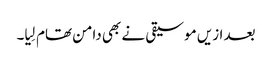
بعد ازیں موسیقی نے بھی دامن تھام لِیا۔